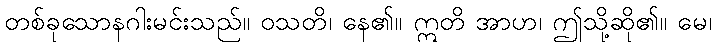
တစ်ခုသောနဂါးမင်းသည်။ ဝသတိ၊ နေ၏။ ဣတိ အာဟ၊ ဤသို့ဆို၏။ မေ၊